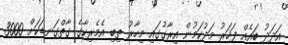
އަދަދު ބައެއް ފަހަރު މަދުކަމުން އިރާގުގައި މިހާރު ތިބި އެމެރިކާގެ ގާތްގަނޑަކަށް 3000